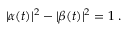
| \alpha ( t ) | ^ { 2 } - | \beta ( t ) | ^ { 2 } = 1 \; .